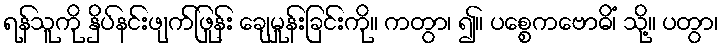
ရန်သူကို နှိပ်နင်းဖျက်ဖြုန်း ချေမှုန်းခြင်းကို။ ကတွာ၊ ၍။ ပစ္စေကဗောဓိံ၊ သို့။ ပတွာ၊